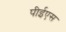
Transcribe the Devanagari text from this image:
पीईएस